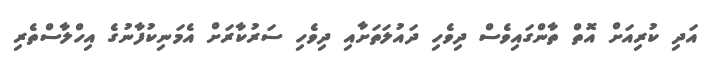
އަދި ކުރިއަށް އޮތް ތާންގައިވެސް ދިވެހި ދައުލަތަށާއި ދިވެހި ސަރުކާރަށް އެމަނިކުފާނުގެ އިހްލާސްތެރި